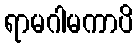
ရာမဂါမကာပိ